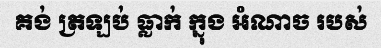
គង់ ត្រឡប់ ធ្លាក់ ក្នុង អំណាច របស់